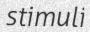
stimuli